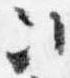
次